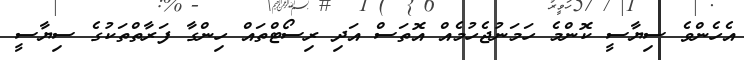
އެހެންވެ ސިޔާސީ ކޮންމެ ހަމަނުޖެހުމެއް އޮތަސް އަދި ރިސޯޓްތައް ހިންގާ ފަރާތްތަކުގެ ސިޔާސީ